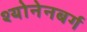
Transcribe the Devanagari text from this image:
श्योनेनबर्ग